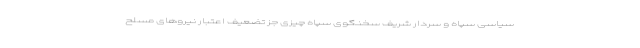
سیاسی سپاه و سردار شریف سخنگوی سپاه چیزی جز تضعیف اعتبار نیروهای مسلح